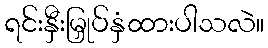
ရင်းနှီးမြှုပ်နှံထားပါသလဲ။